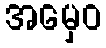
အမှေဝ